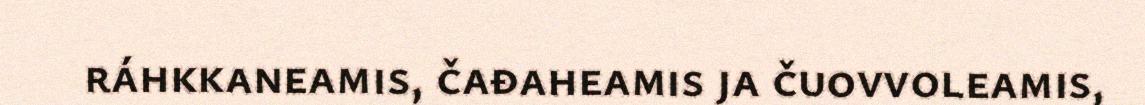
ráhkkaneamis, čađaheamis ja čuovvoleamis,